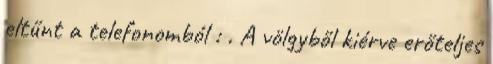
eltűnt a telefonomból : . A völgyből kiérve erőteljes